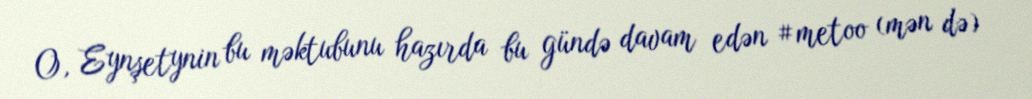
O, Eynşetynin bu məktubunu hazırda bu gündə davam edən #metoo (mən də)